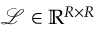
\mathcal { L } \in \mathbb { R } ^ { R \times R }